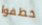
خطفوا